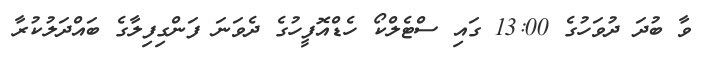
ވާ ބުދަ ދުވަހުގެ 13:00 ގައި ސްޓެލްކޯ ހެޑްއޮފީހުގެ ދެވަނަ ފަންގިފިލާގެ ބައްދަލުކުރާ